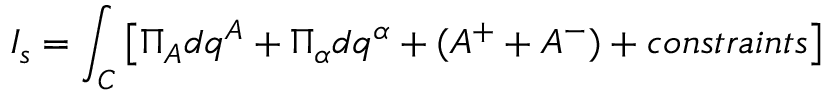
I _ { s } = \int _ { C } \left[ \Pi _ { A } d q ^ { A } + \Pi _ { \alpha } d q ^ { \alpha } + ( A ^ { + } + A ^ { - } ) + c o n s t r a i n t s \right]